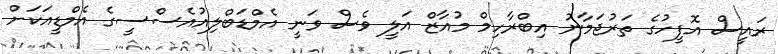
ރައީސް އޮފީހުގެ ތަރުޖަމާނު އިބްރާހިމް މުއާޒް އަލީ ވެސް ވަނީ އެމްޑަބްލިއުއެސްސީގެ އެމްޑީއަކަށް